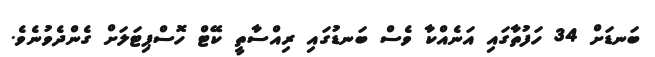
ބަނޑަށް 34 ހަފުތާގައި އަނެއްކާ ވެސް ބަނޑުގައި ރިއްސާތީ ކޭޓް ހޮސްޕިޓަލަށް ގެންދެވުނެވެ.